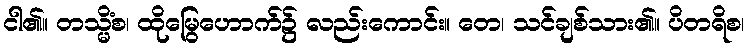
ငါ၏။ တသ္မိံစ၊ ထိုမြွေဟောက်၌ လည်းကောင်း။ တေ၊ သင်ချစ်သား၏။ ပိတရိစ၊